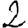
Digit: 2